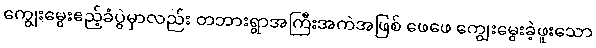
ကျွေးမွေးဧည့်ခံပွဲမှာလည်း တဘားရွာအကြီးအကဲအဖြစ် ဖေဖေ ကျွေးမွေးခဲ့ဖူးသော